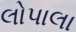
લોપાલા